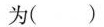
为()